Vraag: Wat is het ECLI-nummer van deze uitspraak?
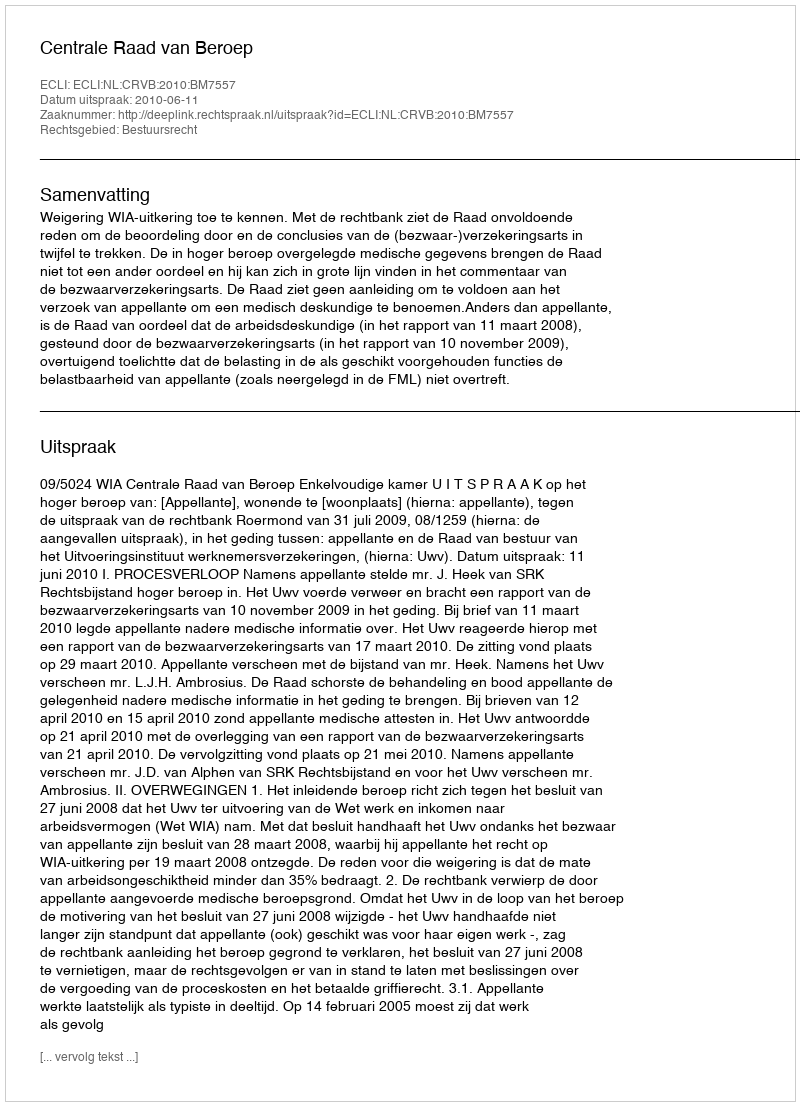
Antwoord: ECLI:NL:CRVB:2010:BM7557